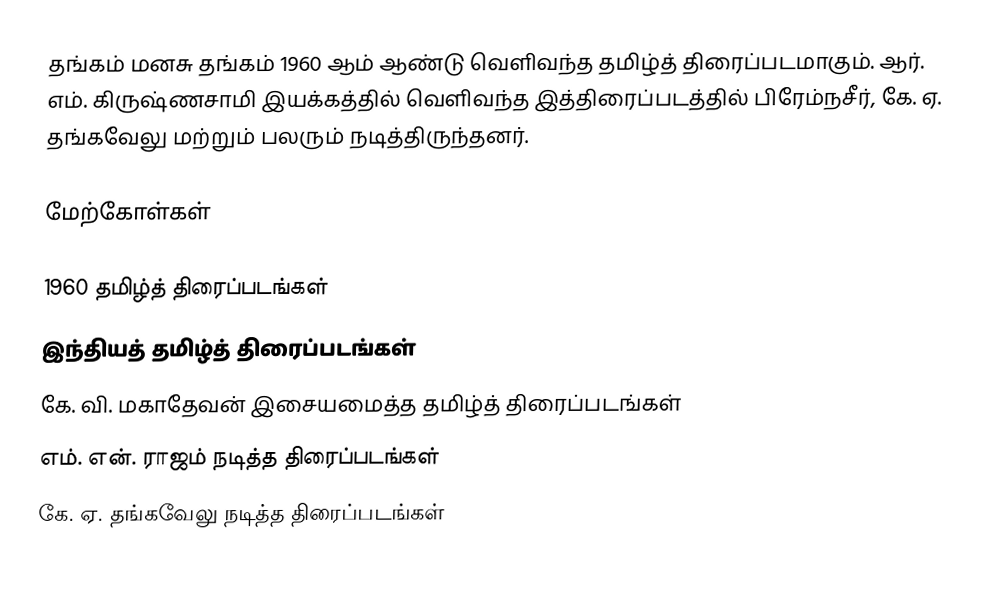
தங்கம் மனசு தங்கம் 1960 ஆம் ஆண்டு வெளிவந்த தமிழ்த் திரைப்படமாகும். ஆர். எம். கிருஷ்ணசாமி இயக்கத்தில் வெளிவந்த இத்திரைப்படத்தில் பிரேம்நசீர், கே. ஏ. தங்கவேலு மற்றும் பலரும் நடித்திருந்தனர்.

மேற்கோள்கள்

1960 தமிழ்த் திரைப்படங்கள்
இந்தியத் தமிழ்த் திரைப்படங்கள்
கே. வி. மகாதேவன் இசையமைத்த தமிழ்த் திரைப்படங்கள்
எம். என். ராஜம் நடித்த திரைப்படங்கள்
கே. ஏ. தங்கவேலு நடித்த திரைப்படங்கள்